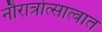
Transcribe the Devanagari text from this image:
नौरात्रोत्सात्वात